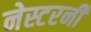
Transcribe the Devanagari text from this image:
नेस्टरनीं